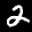
Label: 2